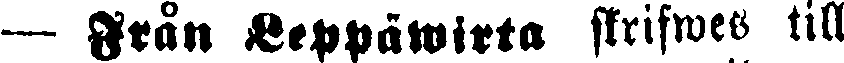
— Från Leppäwirta skrifwes till